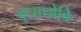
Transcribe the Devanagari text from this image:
बुधाथोकि